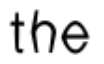
the